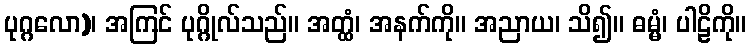
ပုဂ္ဂလော)၊ အကြင် ပုဂ္ဂိုလ်သည်။ အတ္ထံ၊ အနက်ကို။ အညာယ၊ သိ၍။ ဓမ္မံ၊ ပါဠိကို။